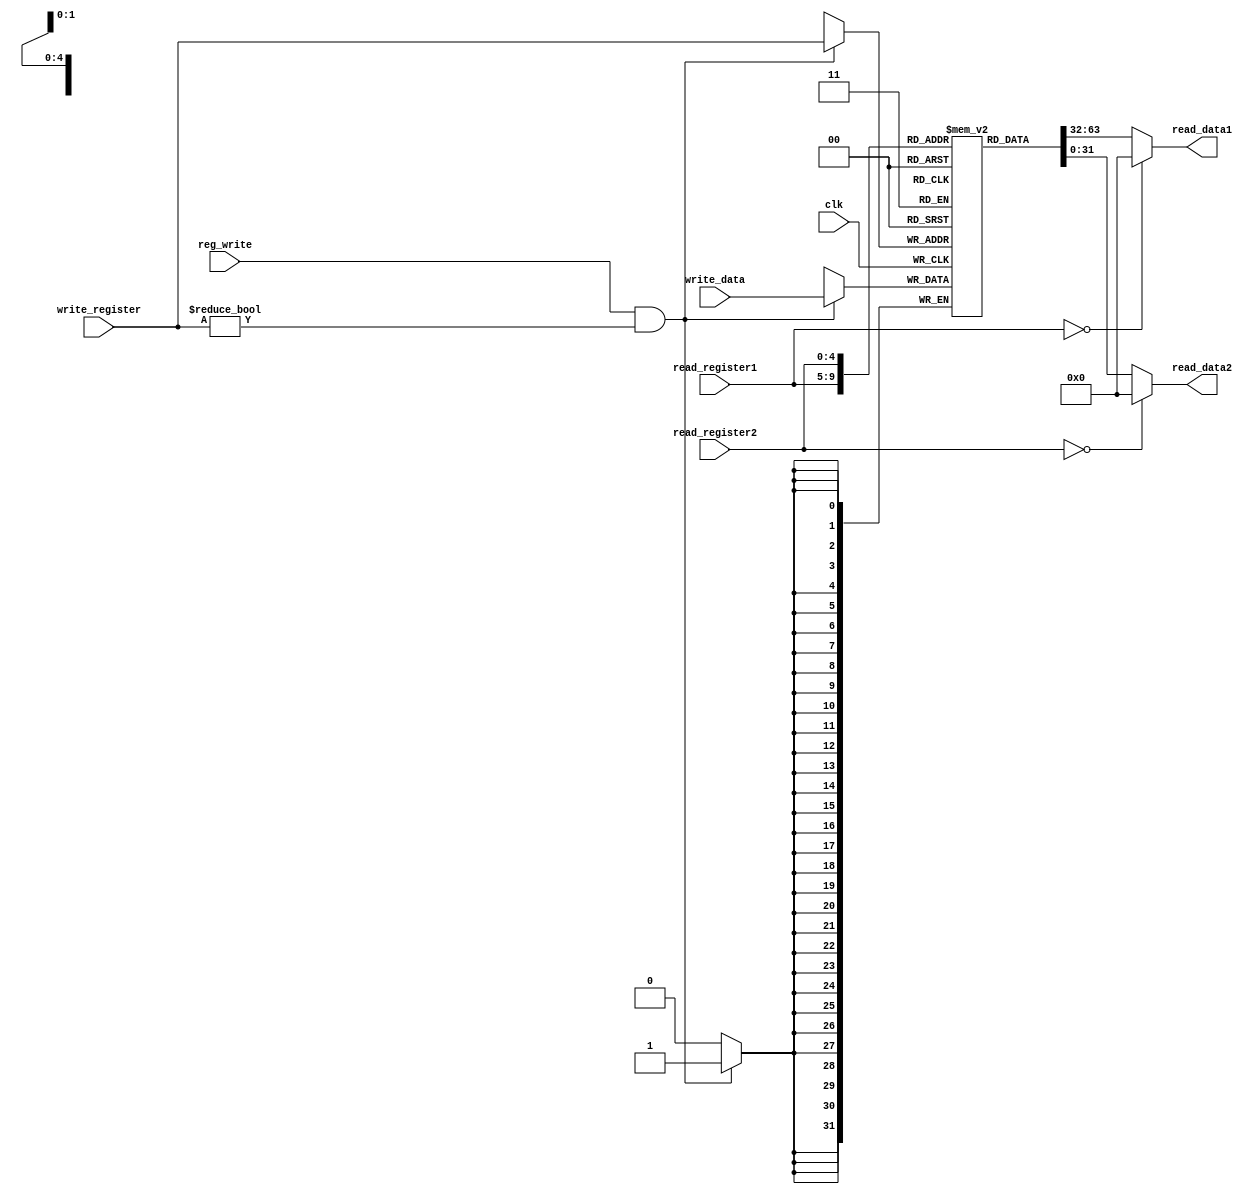

//////////////////////////////////////////////////////////////////////////////////
//	   
// Creator Name:   Sara Baradaran
// Module Name:    Register_Bank 
// Project Name:   MIPS Microprocessor 
//
//////////////////////////////////////////////////////////////////////////////////
module Register_Bank(read_register1, read_register2, write_register, write_data, read_data1, read_data2, reg_write, clk);

input clk, reg_write;
input [4:0]  read_register1, read_register2, write_register;
input [31:0] write_data;
output[31:0] read_data1, read_data2;

reg [31:0] zero_reg = 0;
reg [31:0] reg_32 [1:31];

always @(posedge clk)
begin

	if(reg_write && write_register != 0)
		reg_32[write_register] <= write_data;

end

assign read_data1 = (read_register1 == 0) ? zero_reg : reg_32[read_register1];
assign read_data2 = (read_register2 == 0) ? zero_reg : reg_32[read_register2];

endmodule